Bréfritari: Malene Jensdóttir
Viðtakandi: Páll Pálsson
Dagsetning: A-1820-06-xx
Skrifað á: Hallfreðarstöðum  N-Múl.

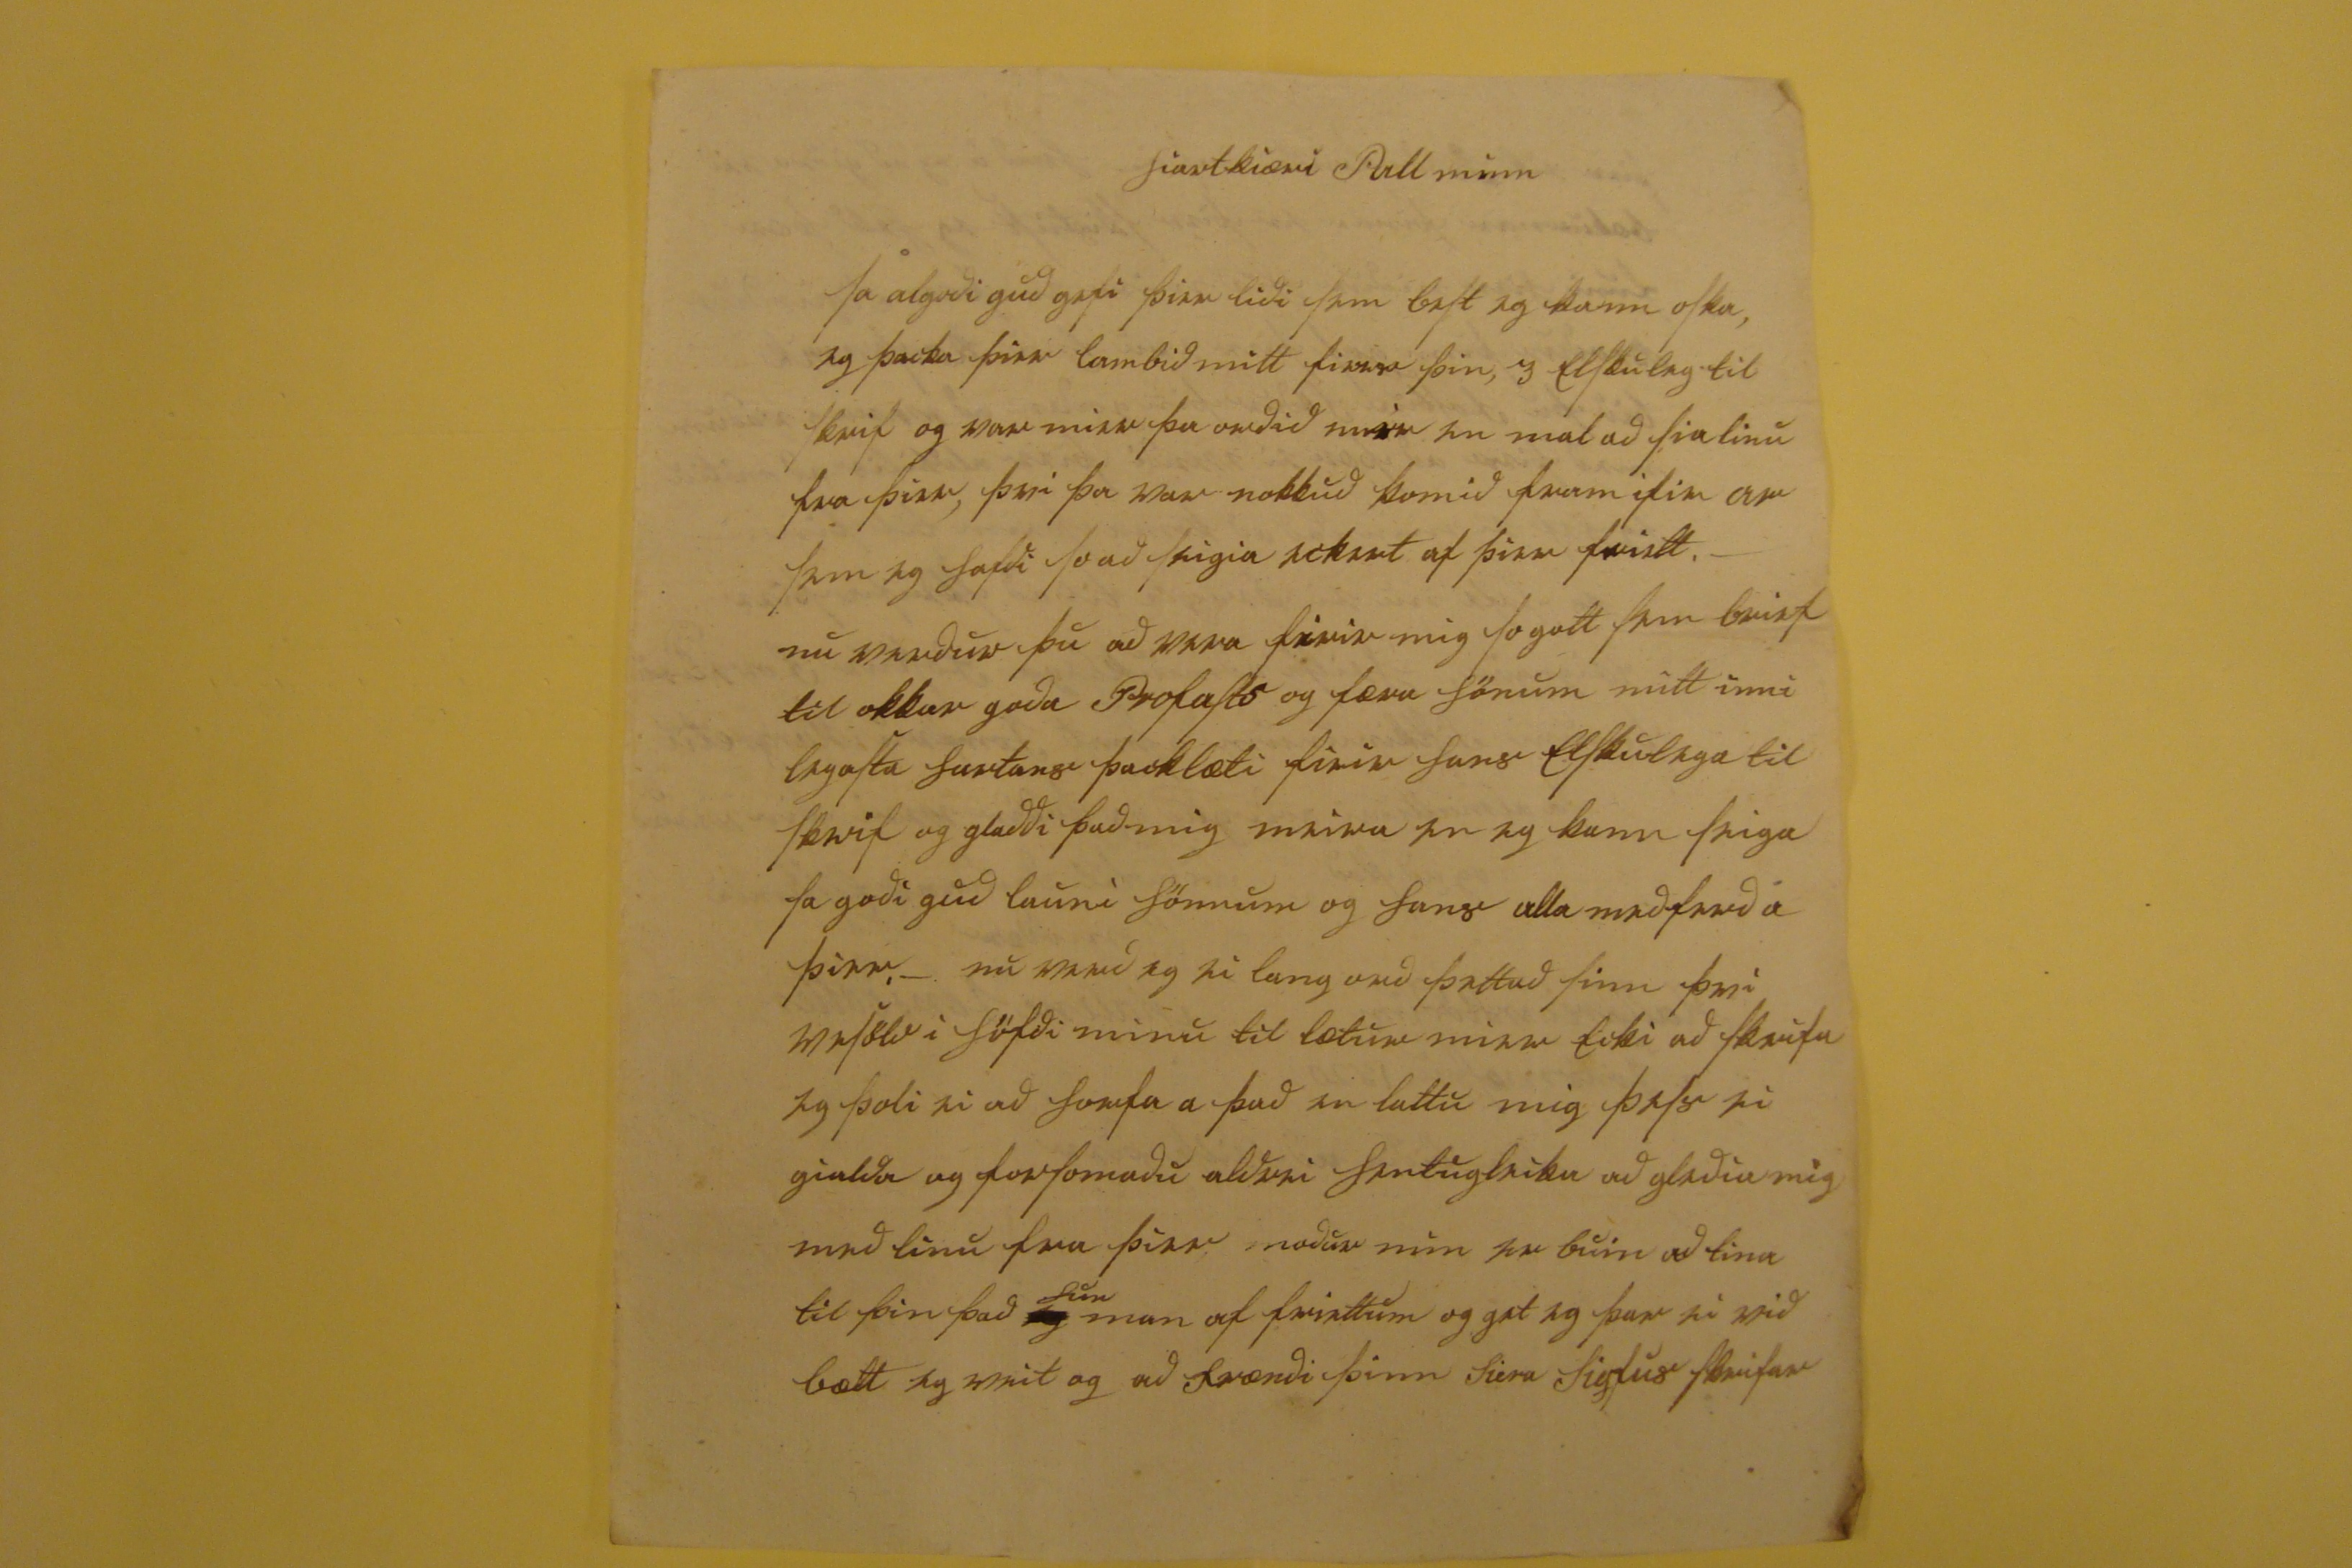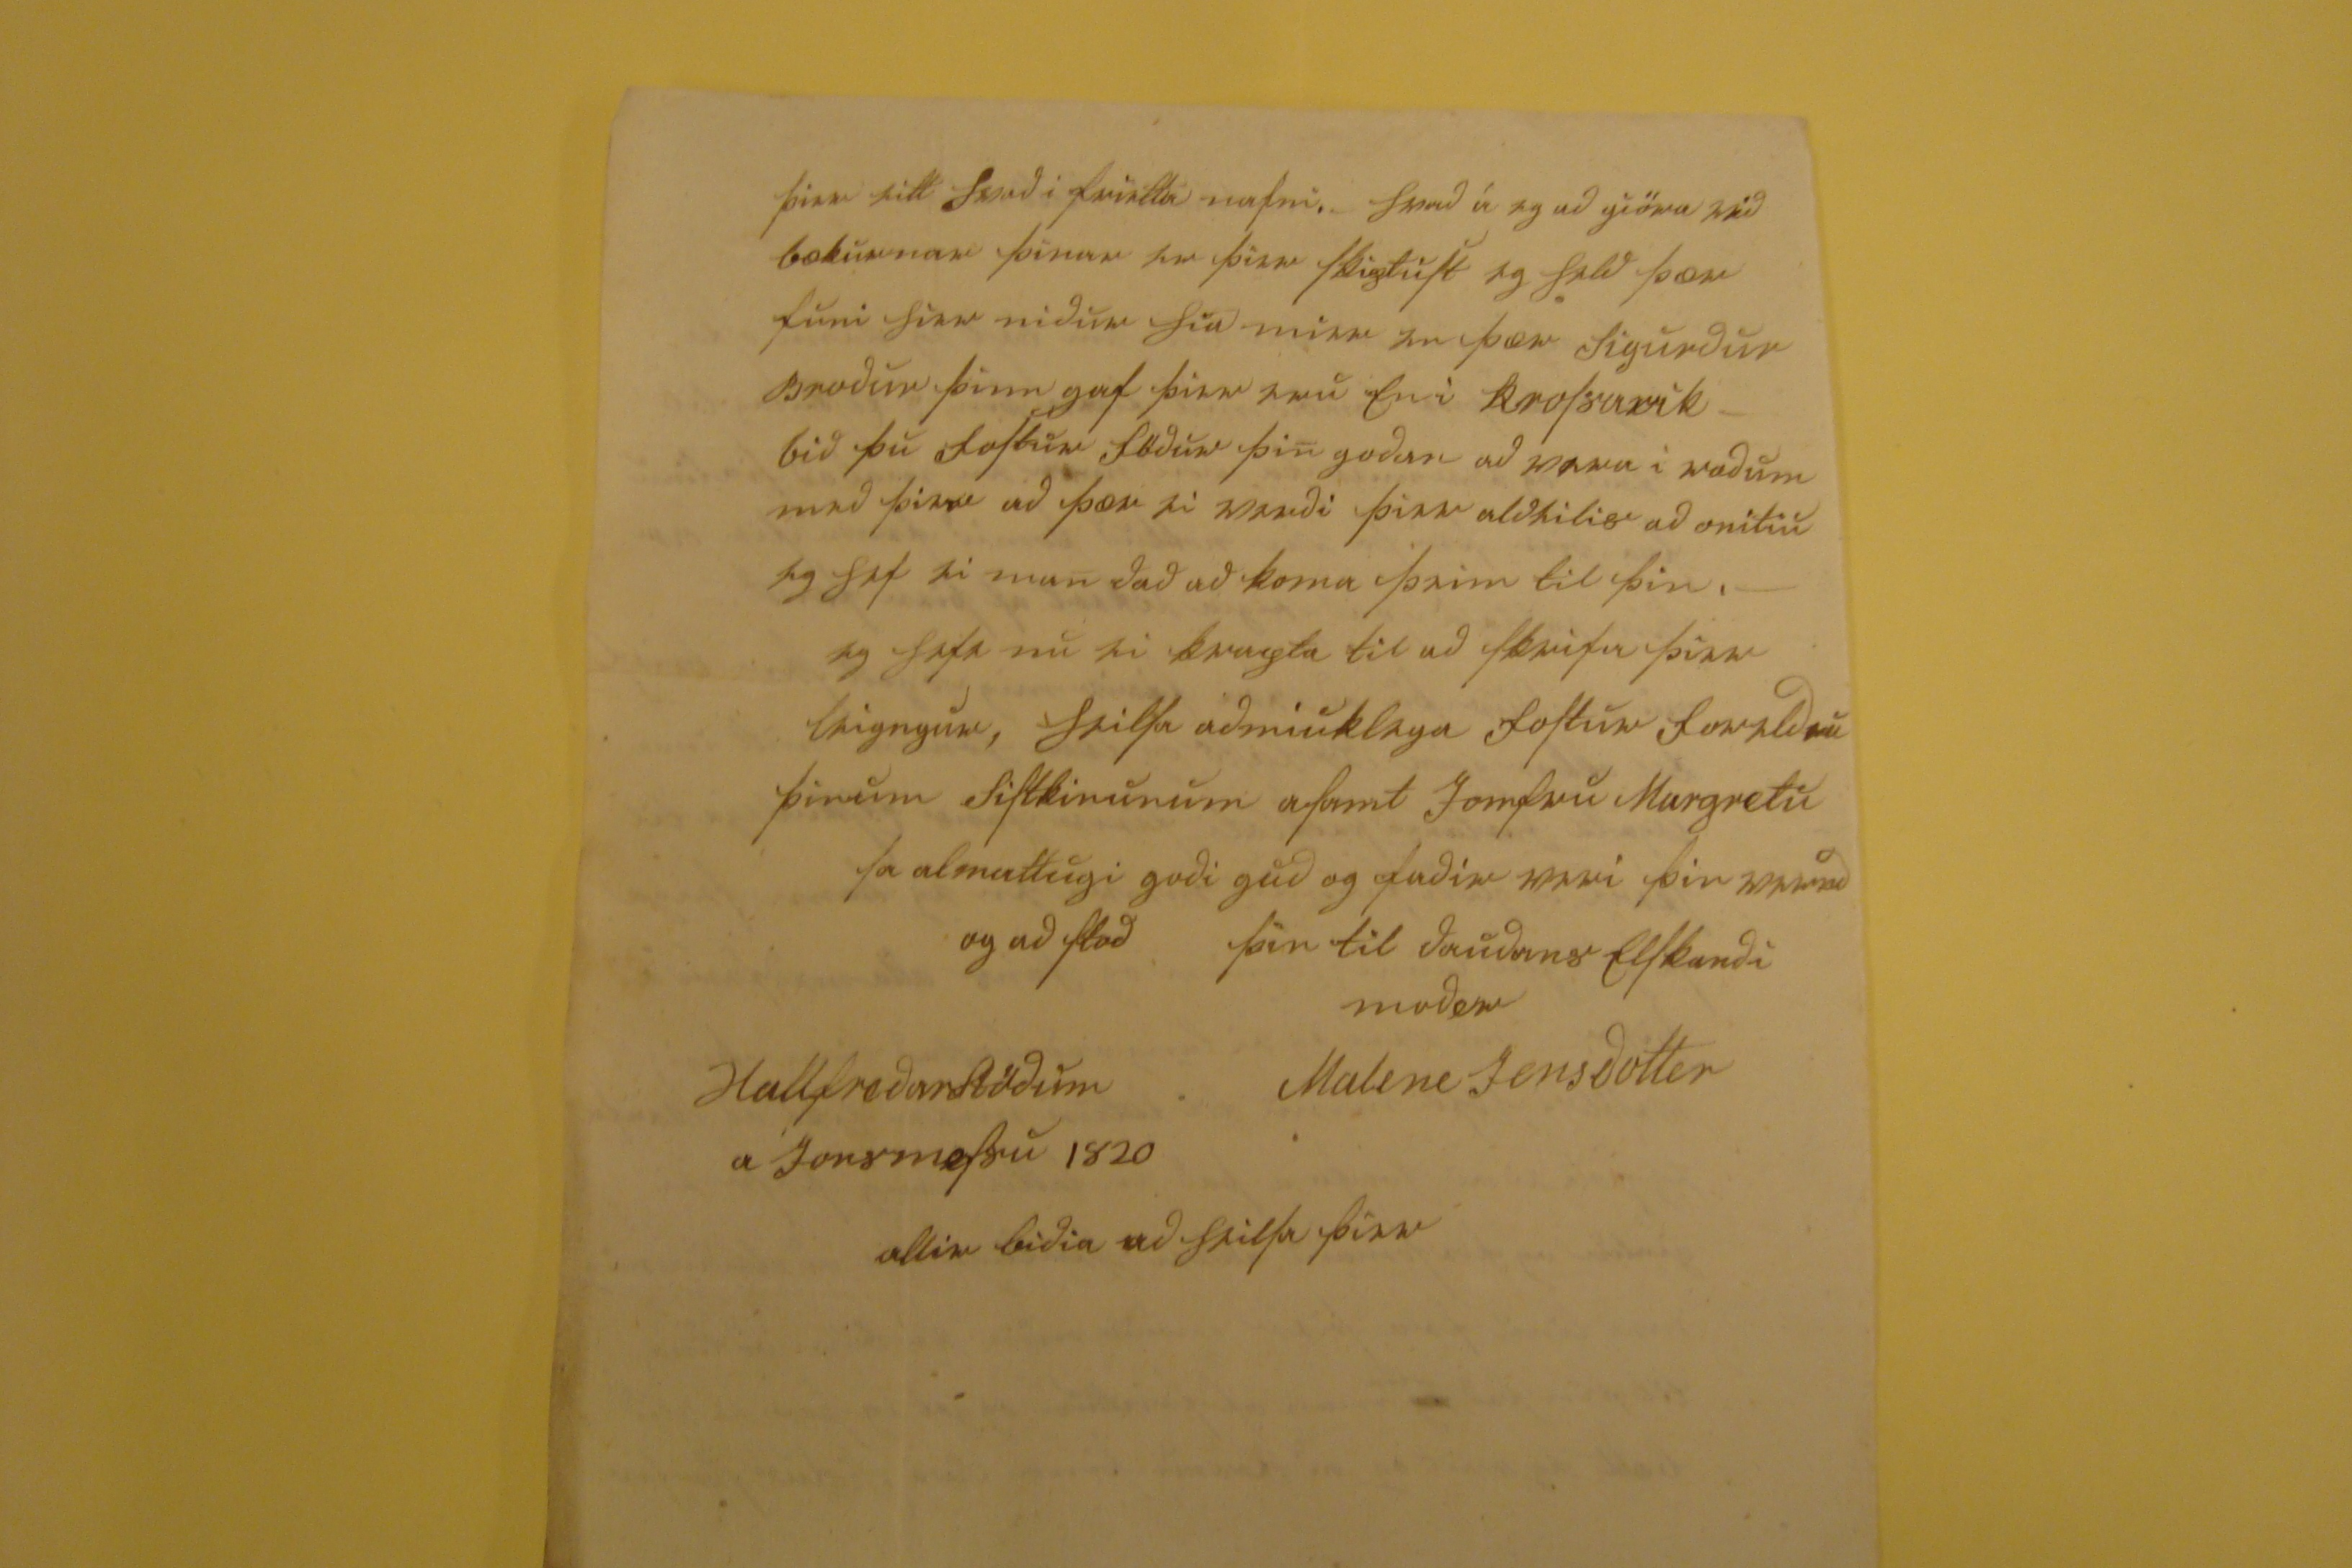

hiartkiæri Pall minn
sa algoði guð gefi þier liði sem best og kann oska, eg þacka þier lambið mitt firir þin, og elskuleg til skrif og var þa orðið meir en mal að sia linu fra þier, því þa var nokkuð komið fram ifir ar sem eg hafði so að seigia nokurt af þier friett. - nu verður þu að vera firir mig so gott sem brief til okkar goða Profasts og færa hönum mitt inni legasta hartans þacklæti firir hans elskulega til skrif og gladdi það mig meira en eg kann seiga sa goði guð launi hönum og hans alla meðferð á þier. - nu verð eg ei lang orð þettað sinn því vesöld i höfði minu til lætur mier ecki að skrifa eg þoli ei að horfa a það en lattu mig þess ei gialda og
forsomaðu
aldrei hentugleika að gleðia mig með linu fra þier, maður min er buin að tina til þin það
og
sem
man af friettum og gat eg þar ei við bætt eg veit og að frændi þinn Siera Sigfus skrifar
þier sitt hvað i frietta nafni. hvað á eg að giöra við bækurnar þinar er þier skiptust eg held þær funi hier niður hia mier en þær Sigurður Broður þinn gaf þier eru en i Krossavik - bið þu fostur föður þin goðan að vera i
raðum
með þier að þær verði þier aldeilis að onitu eg hef ei
mundað
að koma þeim til þin. - eg hefi nu ei krapta til að skrifa þier leingur, heilsa auðmiuklega fostur foreldru þinum sistkinunum asamt Jomfru Margretu sa almattugi goði guð og faðir veri þin
0000að
og að stoð
þin til dauðans elskandi moðir Malene Jensdottir
Hallfreðarstöðum a Jonsmessu 1820
allir biðia að heilsa þier